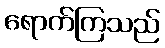
ရောက်ကြသည်